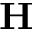
{ \bf H }